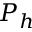
P _ { h }